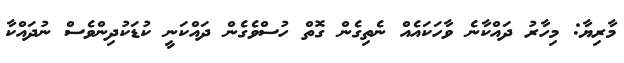
މާރިޔާ: މިހާރު ދައްކާނެ ވާހަކައެއް ނެތިގެން ގޮތް ހުސްވެގެން ދައްކަނީ ކުޑަކުދިންވެސް ނުދައްކާ